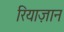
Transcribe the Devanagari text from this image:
रियाज़ान